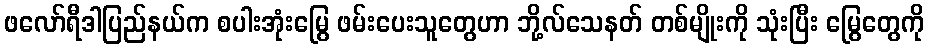
ဖလော်ရီဒါပြည်နယ်က စပါးအုံးမြွေ ဖမ်းပေးသူတွေဟာ ဘို့လ်သေနတ် တစ်မျိုးကို သုံးပြီး မြွေတွေကို